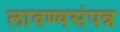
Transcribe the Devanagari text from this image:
लावण्यसंपन्न